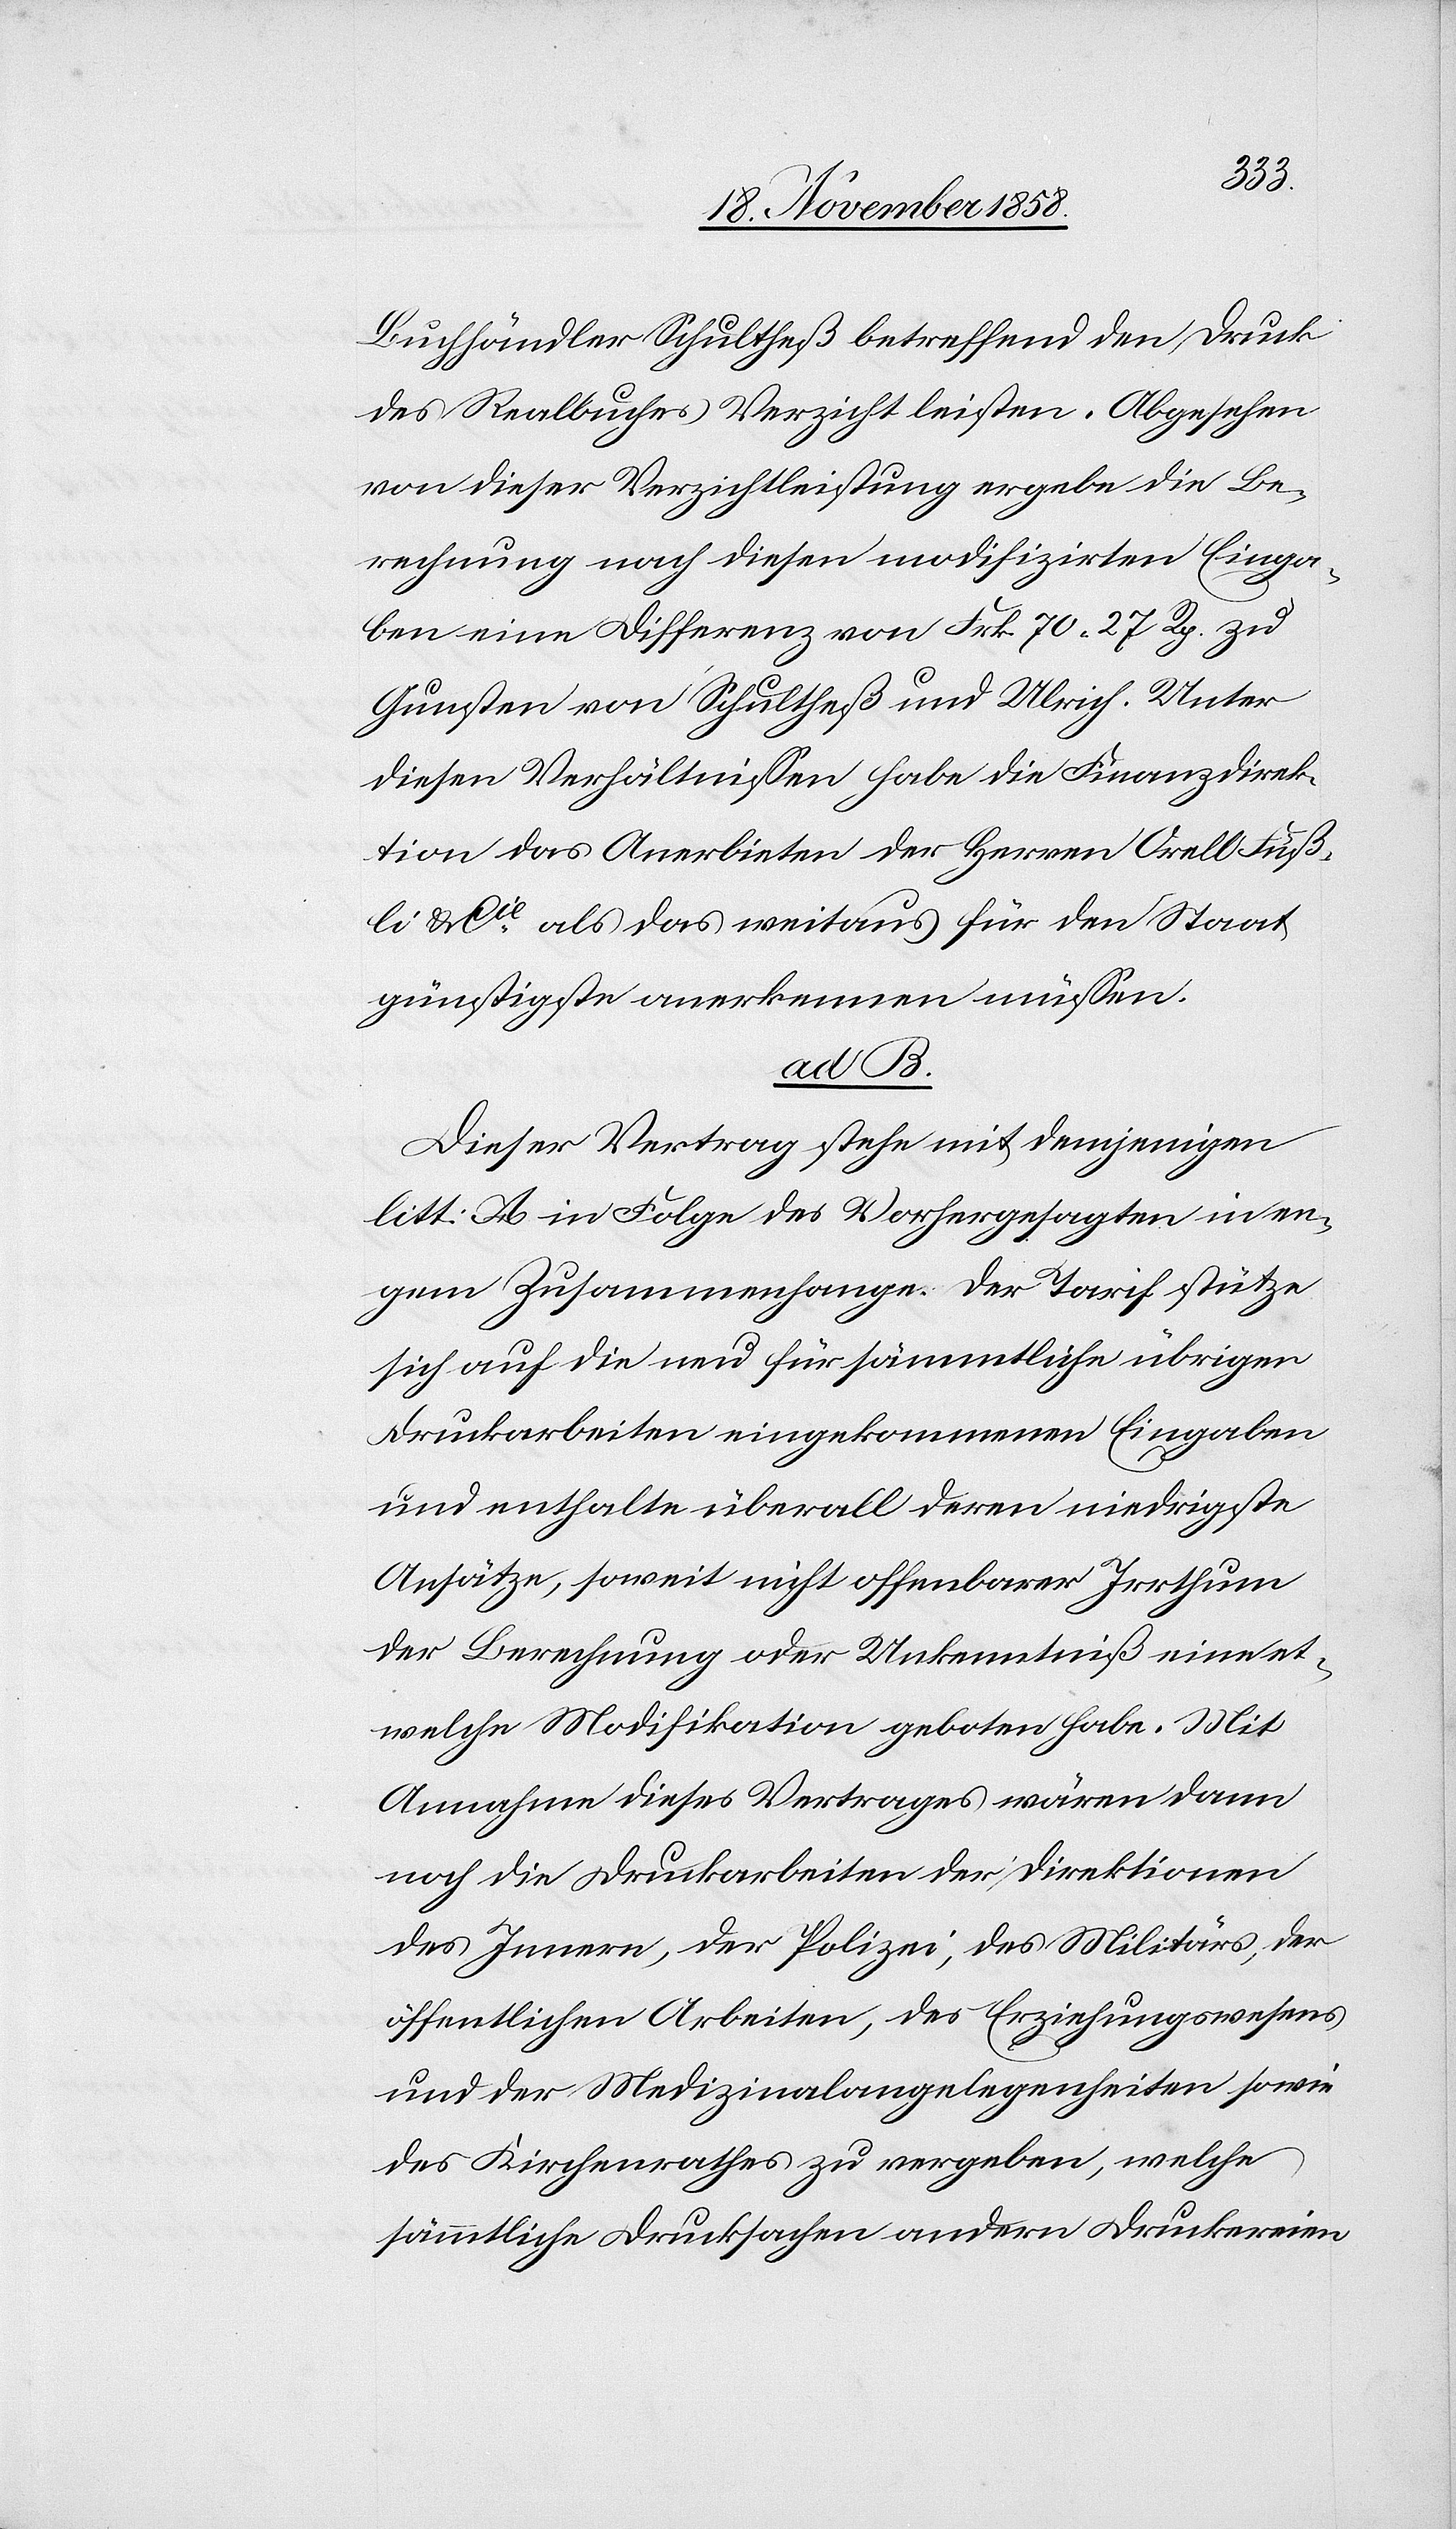
Buchhändler Schultheß betreffend den Druck
des Realbuches Verzicht leisten. Abgesehen
von dieser Verzichtleistung ergebe die Be¬
rechnung nach diesen modifizirten Einga¬
ben eine Differenz von Frk. 70 27 Rp. zu
Gunsten von Schultheß und Ulrich. Unter
diesen Verhältnissen habe die Finanzdirek¬
tion das Anerbieten der Herren Orell Füß¬
li & Cie als das weitaus für den Staat
günstigste anerkennen müssen.
ad B.
Dieser Vertrag steht mit demjenigen
litt: A. in Folge des Vorhergesagten in en¬
gem Zusammenhange. Der Tarif stütze
sich auf die neu für sämmtliche übrigen
Druckarbeiten eingekommenen Eingaben
und enthalte überall deren niedrigste
Ansätze, soweit nicht offenbarer Irrthum
der Berechnung oder Unkenntniß eine et¬
welche Modifikation geboten habe. Mit
Annahme dieses Vertrages wären dann
noch die Druckarbeiten der Direktionen
des Innern, der Polizei, des Militärs, der
öffentlichen Arbeiten, des Erziehungswesens
und der Medizinalangelegenheiten sowie
des Kirchenrathes zu vergeben, welche
sämmtliche Drucksachen andern Druckereien